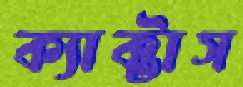
ক্যাক্টাস